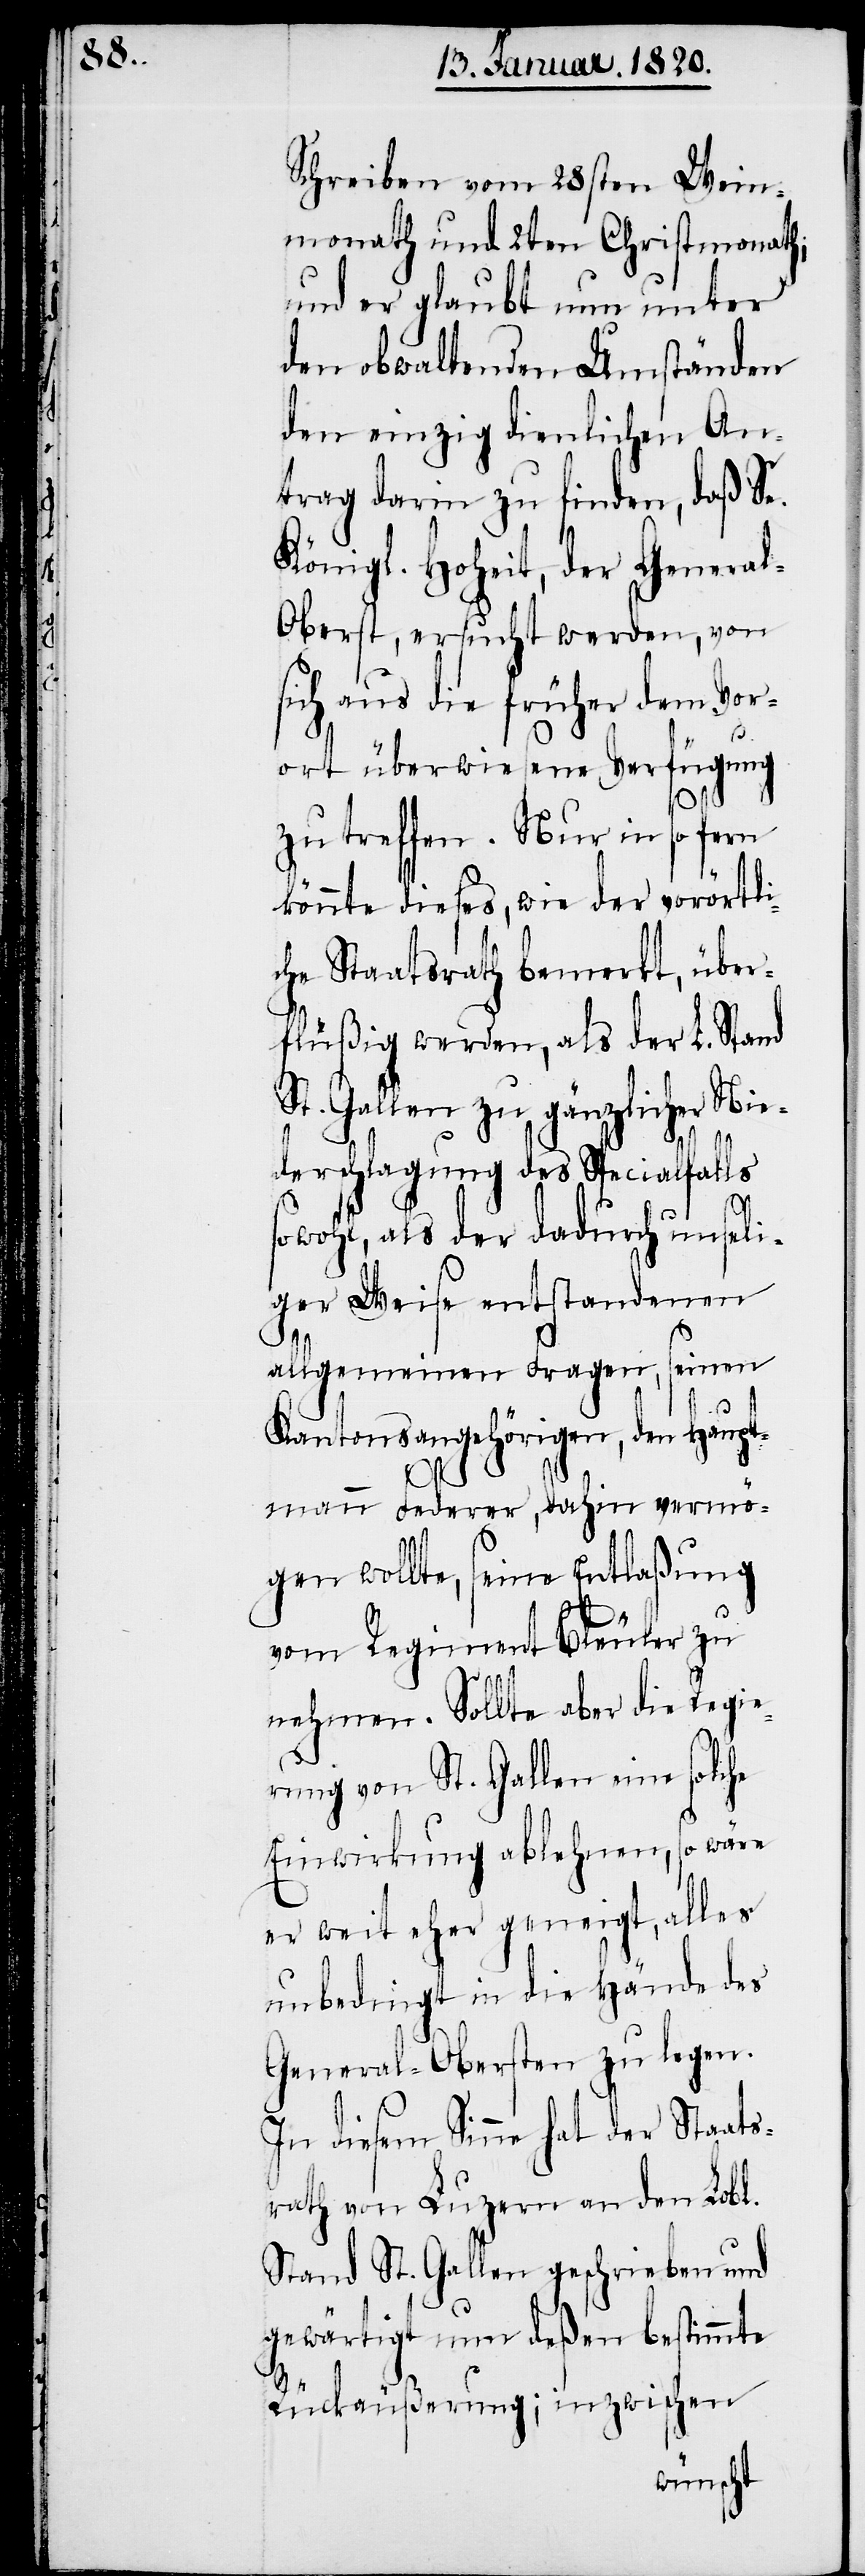
Schreiben vom 28sten Wein¬
monath und 2ten Christmonath;
und er glaubt nun unter
den obwaltenden Umständen
den einzig dienlichen An¬
trag darin zu finden, daß Se.
Königl. Hoheit, der Genera¬
l-Oberst, ersucht werden, von
sich aus die früher dem Vor¬
ort überwiesene Verfügung
zu treffen. Nur in so fern
könnte dieses, wie der vorörtli¬
che Staatsrath bemerkt, über¬
flüßig werden, als der L. Stand
St. Gallen zu gänzlicher Nie¬
derschlagung des Specialfalls
sowohl, als der dadurch unseli¬
ger Weise entstandenen
allgemeinen Fragen, seinen
Kantonsangehörigen, den Hau¬
ptmann Federer, dahin vermö¬
gen wollte, seine Entlaßung
vom Regiment Bleuler zu
nehmen. Sollte aber die Regie¬
rung von St. Gallen eine solche
Einwirkung ablehnen, so wäre
er weit eher geneigt, alles
unbedingt in die Hände des
General-Obersten zu legen.
In diesem Sinne hat der Staats¬
rath von Luzern an den Lobl.
Stand St. Gallen geschrieben und
gewärtigt nun deßen bestimmte
Rückäußerung; inzwischen